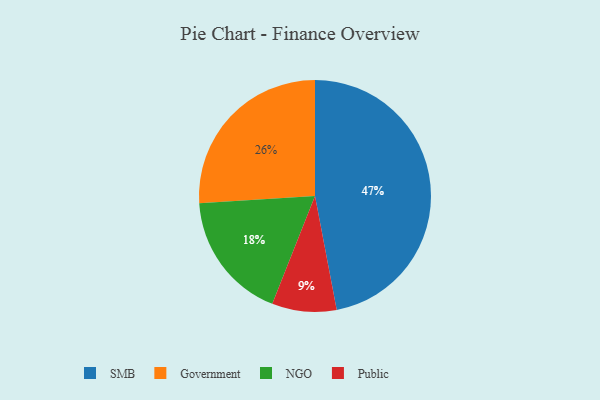
{"axis": {"x": "Category", "y": "Percentage"}, "legend": ["Government", "NGO", "Public", "SMB"], "data": [{"x": "Public", "y": 9, "type": "Public"}, {"x": "Government", "y": 26, "type": "Government"}, {"x": "NGO", "y": 18, "type": "NGO"}, {"x": "SMB", "y": 47, "type": "SMB"}]}